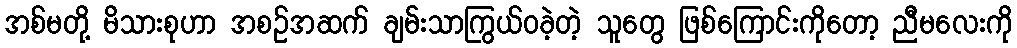
အစ်မတို့ မိသားစုဟာ အစဉ်အဆက် ချမ်းသာကြွယ်ဝခဲ့တဲ့ သူတွေ ဖြစ်ကြောင်းကိုတော့ ညီမလေးကို